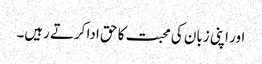
اور اپنی زبان کی محبت کا حق ادا کرتے رہیں۔